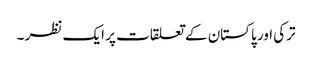
ترکی اور پاکستان کے تعلقات پر ایک نظر ۔